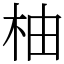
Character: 柚